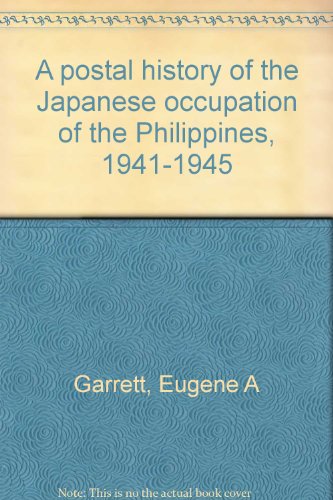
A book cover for A postal history of the Japanese occupation of the Philippines, 1941-1945; Eugene A Garrett; History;